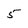
Character: 5